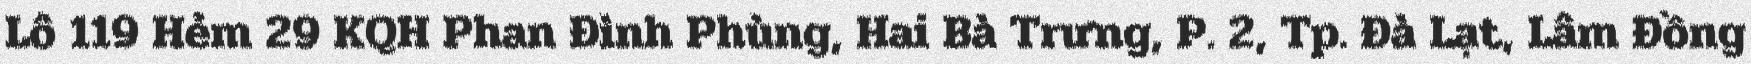
Lô 119 Hẻm 29 KQH Phan Đình Phùng, Hai Bà Trưng, P. 2, Tp. Đà Lạt, Lâm Đồng